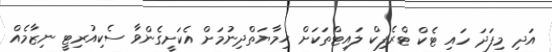
އަދި މިފަދަ ހައި ޓެކް ޓްރެފިކް ލައިޓްތަކަށް ޙިމާޔަތްދިނުމަށް އެކަށީގެންވާ ސެކިއުރިޓީ ނިޒާމެއް